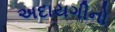
અદાયગીનો